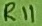
Text: R11